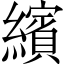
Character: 繽